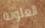
العلوية